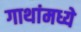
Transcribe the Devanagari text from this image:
गाथांमध्ये